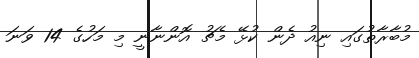
މުބާރާތުގައި ނިއު ދެން ކުޅޭ މެޗު އޮންނާނީ މި މަހުގެ 14 ވަނަ